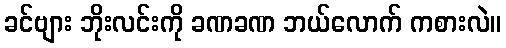
ခင်ဗျား ဘိုးလင်းကို ခဏခဏ ဘယ်လောက် ကစားလဲ။